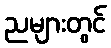
ညများတွင်